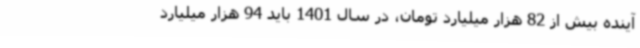
آینده بیش از 82 هزار میلیارد تومان، در سال 1401 باید 94 هزار میلیارد